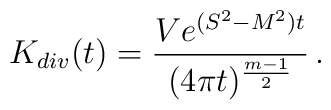
K_{div}(t)=\frac{Ve^{(S^2-M^2)t}}{(4\pi t)^{\frac{m-1}2}}\,.